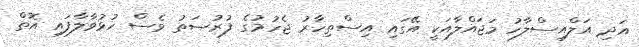
އަދި އަލްއިސްލާހު މަޖައްލާއަކީ އޭގައި އިސްތިހާރު ޖެހުމުގެ ފުރުޞަތު ވެސް ހުޅުވާލާފައި އޮތް